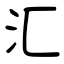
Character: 汇